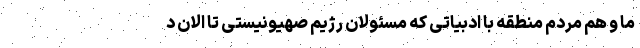
ما و هم مردم منطقه با ادبیاتی که مسئولان رژیم صهیونیستی تا الان د